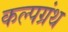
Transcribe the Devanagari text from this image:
कल्पग्रंथ